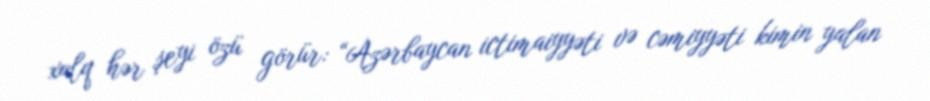
xalq hər şeyi özü görür: “Azərbaycan ictimaiyyəti və cəmiyyəti kimin yalan